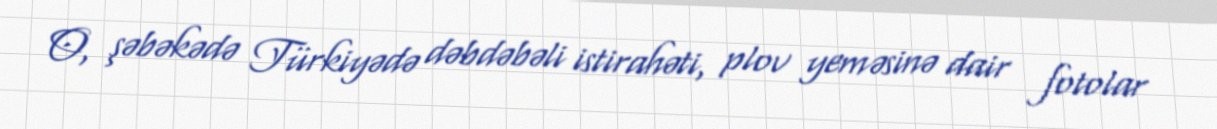
O, şəbəkədə Türkiyədə dəbdəbəli istirahəti, plov yeməsinə dair fotolar